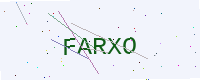
Text: FARXO